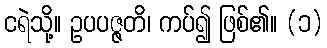
ငရဲသို့။ ဥပပဇ္ဇတိ၊ ကပ်၍ ဖြစ်၏။ (၁)